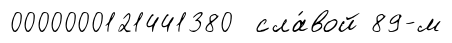
0000000121441380 сла́вой 89-м